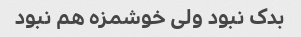
بدک نبود ولی خوشمزه هم نبود